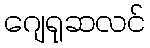
ဂျေရုဆလင်